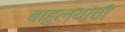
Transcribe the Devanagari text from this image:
बाहुल्यांची